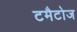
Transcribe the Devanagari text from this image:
टमैटोज